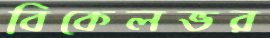
বিকেলভর